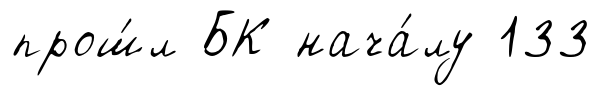
прош́л БК нача́лу 133